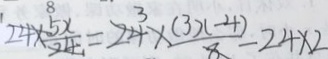
2 4 \times \frac { 5 x } { 2 4 } = 2 4 \times \frac { ( 3 ) ( - 4 ) } { 8 } - 2 4 \times 2